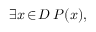
\exists x \! \in \! D \; P ( x ) ,